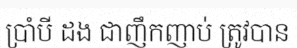
ប្រាំបី ដង ជាញឹកញាប់ ត្រូវបាន